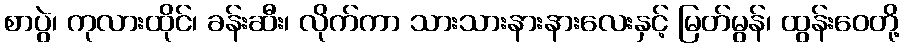
စာပွဲ၊ ကုလားထိုင်၊ ခန်းဆီး၊ လိုက်ကာ သားသားနားနားလေးနှင့် မြတ်မွန်၊ ထွန်းဝေတို့